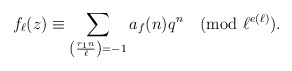
\begin{align*} f_{\ell}(z)\equiv \sum_{\left(\frac{r_1n}{\ell}\right)=-1}a_{f}(n)q^n \pmod{\ell^{e(\ell)}}.\end{align*}